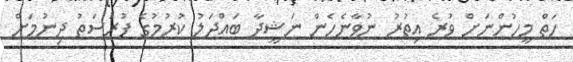
ހަތް މީހުންނަށް ވުރެ އިތުރު ނުވާނެހެން ނަޝީދާ ބައްދަލު ކުރުމުގެ ފުރުސަތު ދިނުމަށް